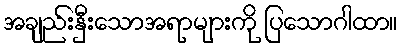
အချည်းနှီးသောအရာများကို ပြသောဂါထာ။